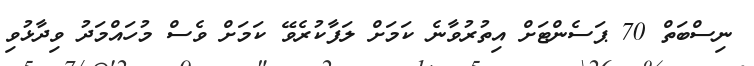
ނިސްބަތް 70 ޕަސެންޓަށް އިތުރުވާނެ ކަމަށް ލަފާކުރެވޭ ކަމަށް ވެސް މުހައްމަދު ވިދާޅުވި